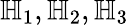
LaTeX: \mathbb{H}_{1},\mathbb{H}_{2},\mathbb{H}_{3}